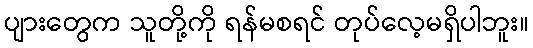
ပျားတွေက သူတို့ကို ရန်မစရင် တုပ်လေ့မရှိပါဘူး။